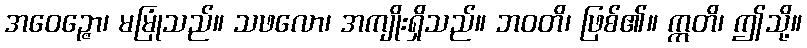
အဝေဉ္ဇော၊ မမြုံသည်။ သဖလော၊ အကျိုးရှိသည်။ ဘဝတိ၊ ဖြစ်၏။ ဣတိ၊ ဤသို့။